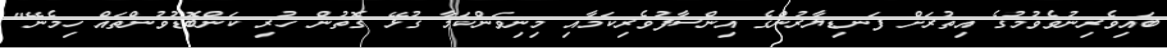
ބައިވެރިނުވެވުމުގެ އިތުރަށް ފަނޑިޔާރުންގެ އިންސާފުވެރިކަމާއި މިނިވަންކަމާ ގުޅޭ ގޮތުން ހުރި ކަންބޮޑުވުންތައް ހިމެނޭ"